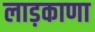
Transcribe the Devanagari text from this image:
लाड़काणा